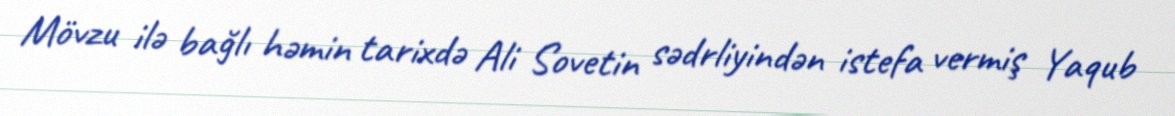
Mövzu ilə bağlı həmin tarixdə Ali Sovetin sədrliyindən istefa vermiş Yaqub